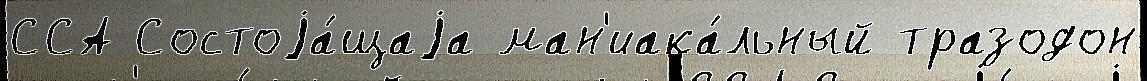
ССА Состоjа́щаjа ман'иака́льный тразодон